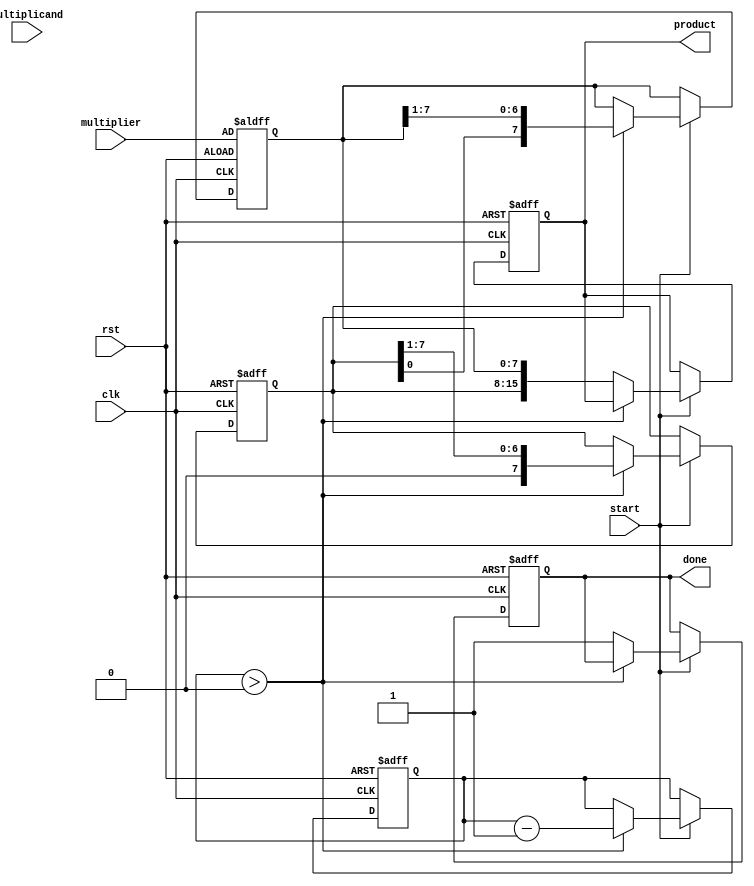
module booth_multiplier #(
    parameter n = 8 // Bit-width of the inputs
) (
    input wire [n-1:0] multiplicand,
    input wire [n-1:0] multiplier,
    input wire start,
    input wire clk,
    input wire rst,
    output reg [2*n-1:0] product,
    output reg done
);

    reg [n-1:0] Q;          // Multiplier
    reg [n-1:0] A;          // Accumulator
    reg [n-1:0] M;          // Negated multiplicand
    reg Q_1;                // Previous LSB of Q
    reg [3:0] count;        // Counter for iterations

    // Negate the multiplicand
    always @(*) begin
        M = ~multiplicand + 1'b1; // 2's complement
    end

    // State machine for Booth's multiplication
    always @(posedge clk or posedge rst) begin
        if (rst) begin
            A <= 0;
            Q <= multiplier;
            Q_1 <= 0;
            count <= n;
            product <= 0;
            done <= 0;
        end else if (start) begin
            // Control the multiplication process
            if (count > 0) begin
                case ({Q[0], Q_1})
                    2'b01: A <= A + M; // A = A + M
                    2'b10: A <= A - M; // A = A - M
                    default: ;          // Do nothing
                endcase

                // Arithmetic right shift
                {A, Q} <= {A, Q} >> 1; // Shift A and Q together
                Q_1 <= Q[0];           // Update Q-1
                count <= count - 1;    // Decrement count
            end else begin
                product <= {A, Q};      // Combine A and Q for final product
                done <= 1;              // Indicate multiplication is done
            end
        end
    end

endmodule